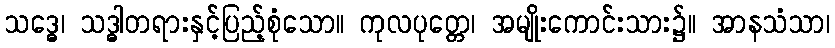
သဒ္ဓေ၊ သဒ္ဓါတရားနှင့်ပြည့်စုံသော။ ကုလပုတ္တေ၊ အမျိုးကောင်းသား၌။ အာနသံသာ၊